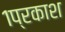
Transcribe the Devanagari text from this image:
१प्रकाश